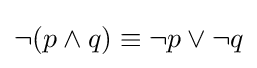
\neg (p\wedge q)\equiv \neg p\vee \neg q